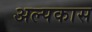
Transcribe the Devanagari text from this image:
अल्पकास